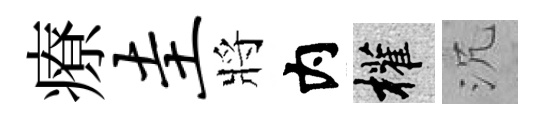
療圭將内權沉